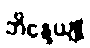
ဘိန္ဒေယျု